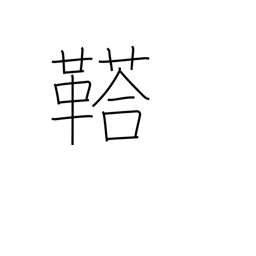
Meaning: rumbling